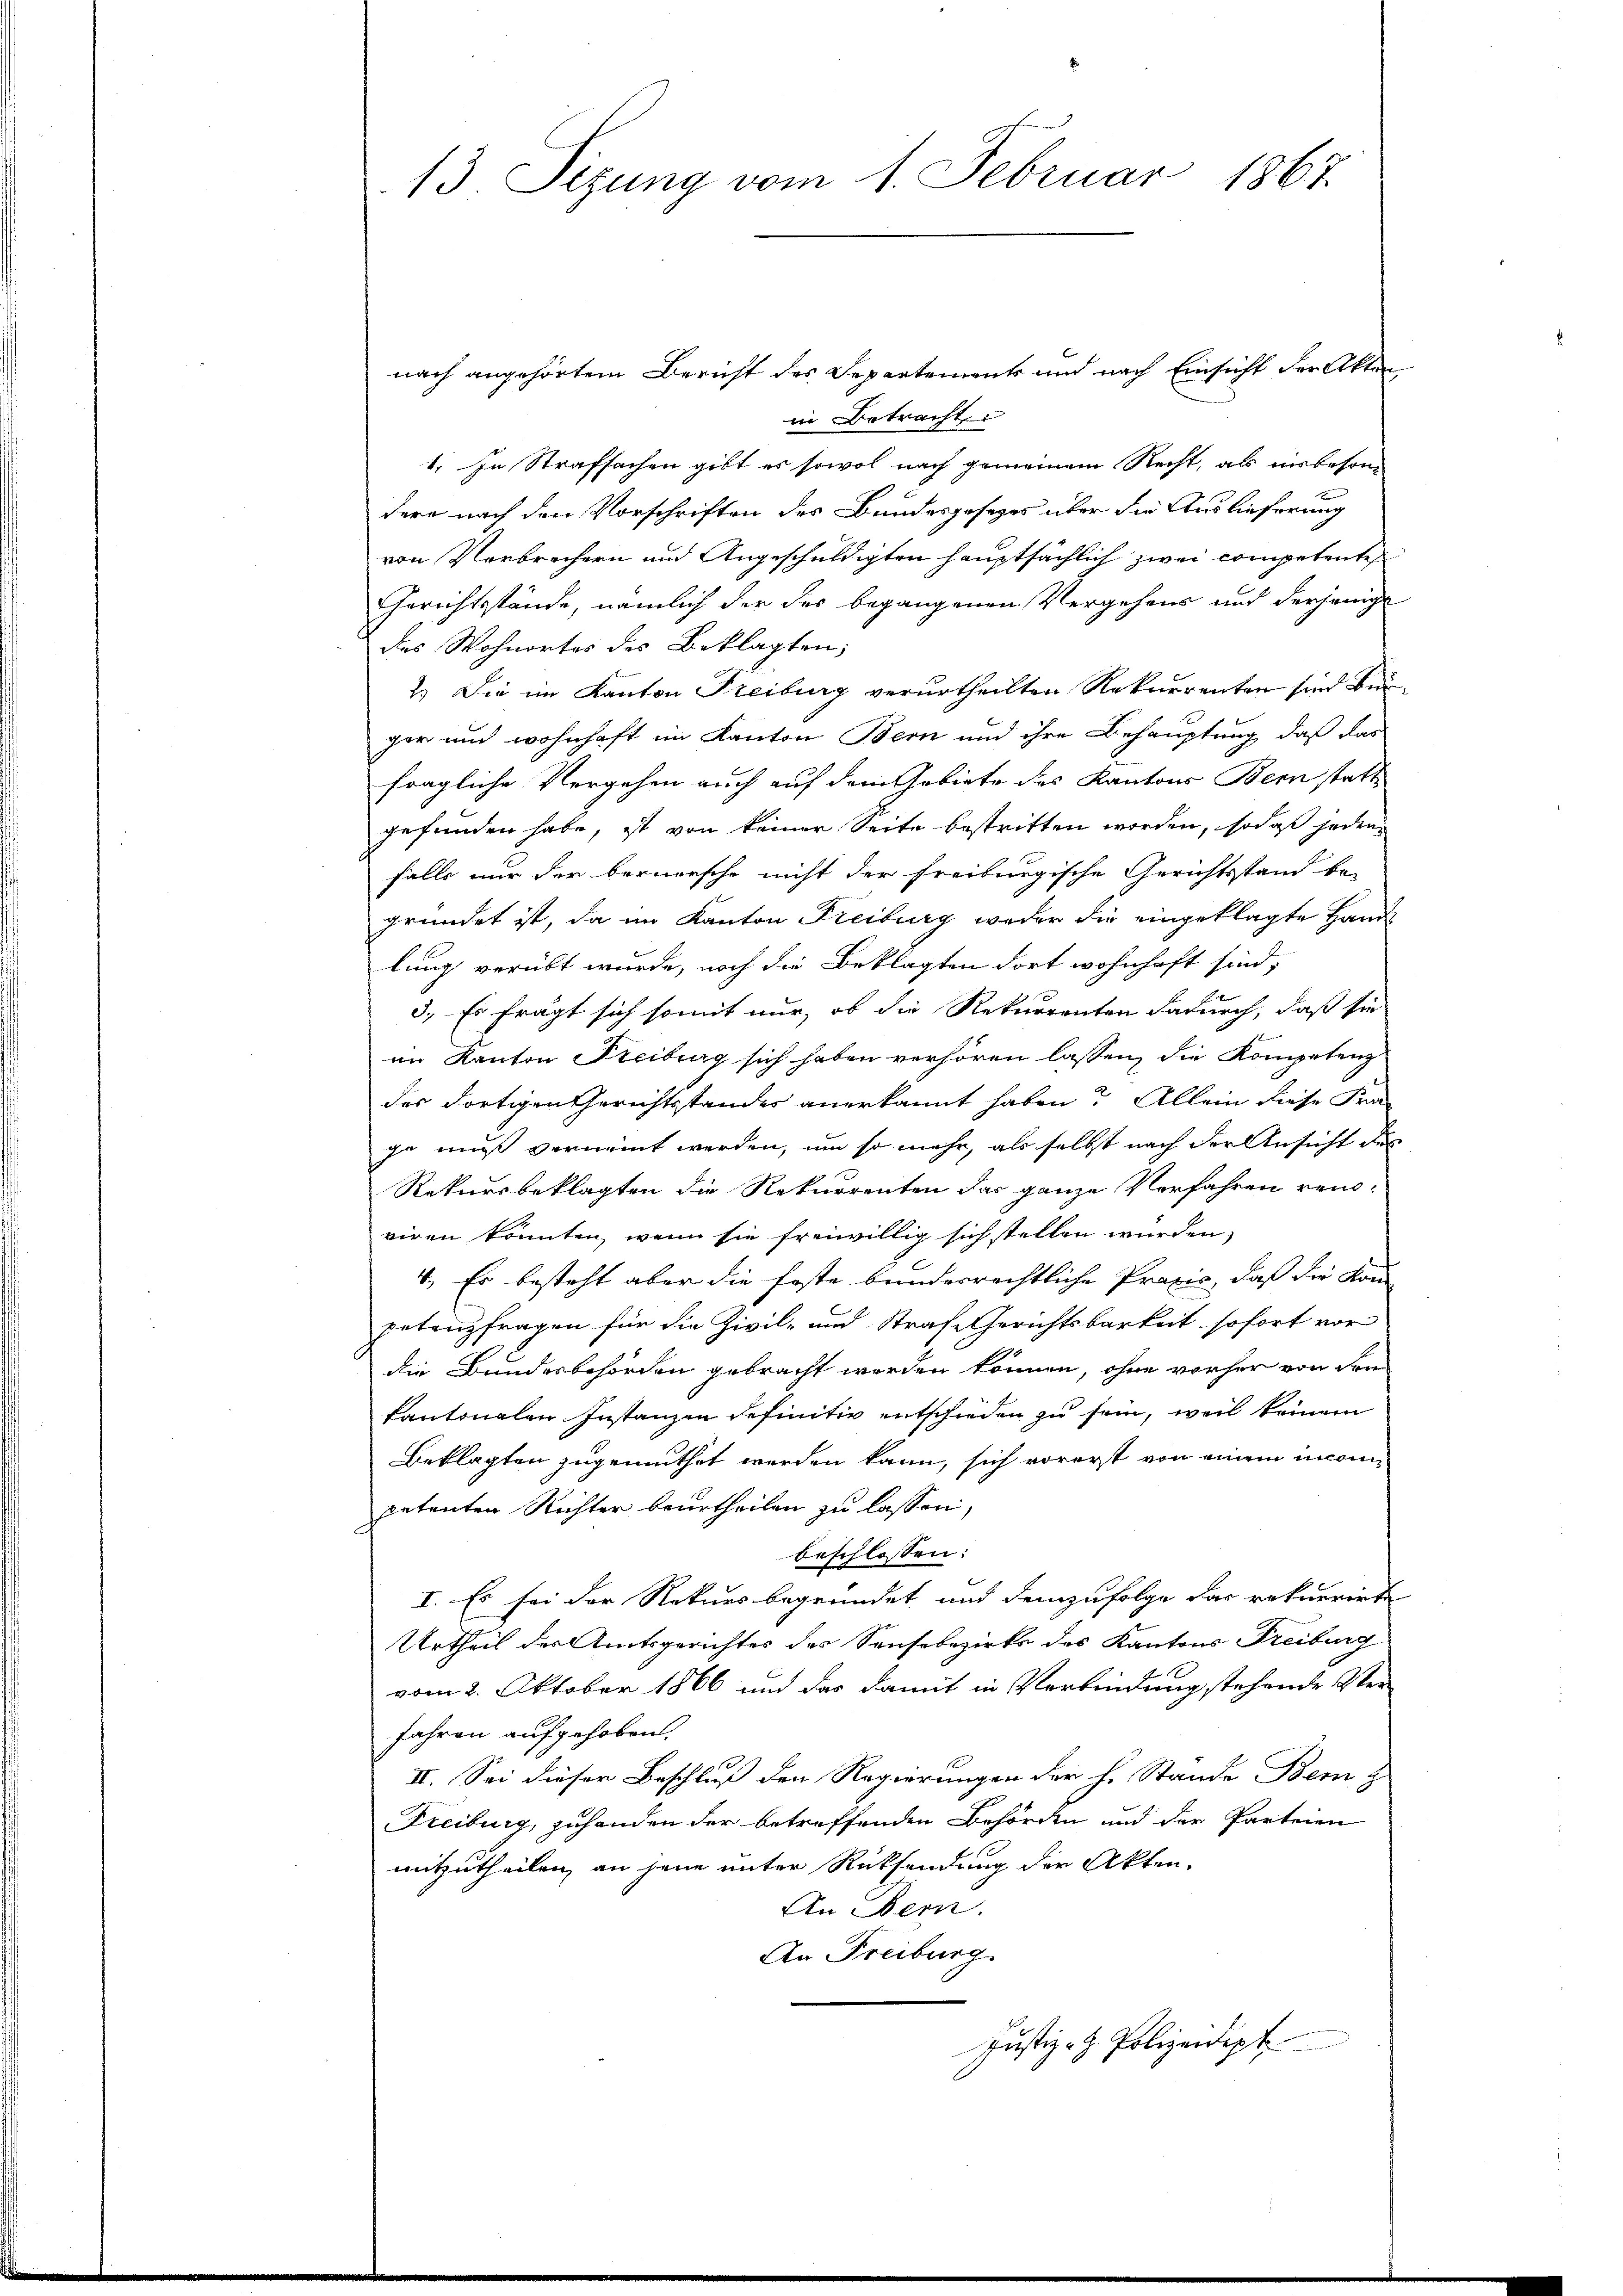
nach angehörtem Bericht des Departement und nach Einsicht der Akten
in Betracht:
1. In Strafsachen gibt es sowol nach gemeinem Recht, als insbesondere nach den Vorschriften des Bundesgesezes über die Auslieferung
von Verbrechern und Angeschuldigten hauptsächlich zwei competente
Gerichtsstände, nämlich der des begangenen Vergehens und derjenige
des Wohnortes des Beklagten;
2.) Die im Kanton Freiburg verurtheilten Rekurrenten sind Beger und wohnhaft im Kanton Bern und ihre Behauptung, daß das
fragliche Vergehen auch auf dem Gebiete des Kantons Bern statt
gefunden habe, ist von keiner Seite bestritten worden, sodaß jeden
falls nur der bernersche nicht der Freiburgische Gerichtsstand be-
gründet ist, da im Kanton Freiburg weder die eingeklagte Hand
lung verübt wurde, noch die Beklagten dort wohnhaft sind,
3. Es fragt sich somit nur, ob die Rekurrenten dadurch, daß sie
im Kanton Freiburg sich haben verhören lassen, die Kompetenz
des dortigen Gerichtstandes anerkannt haben? Allein diese Fra-
ja muß vernennt werden, um so mehr, als selbst nach der Ansicht des
Rekursbeklagten die Rekurrenten das ganze Verfahren reinviren könnten, wenn sie freiwillig sich stellen würden,
1. Es besteht aber die feste bundesrechtliche Praxis, daß die Kon-
petenzfragen für die Zivil- und Strafe Gerichtsbarkeit sofort vor
die Bundesbehörden gebracht werden können, ohne vorher von den
kantonalen Instanzen definitiv entschieden zu sein, weil keinem
Beklagten zugemuthet werden kann, sich vorerst von einem incomi
petenten Richter beurtheilen zu lassen,
beschlossen:
I. Es sei der Rekurs begründet und demzufolge das rekurrirte
Urtheil des Amtsgerichtes des Sansebezirks des Kantons Freiburg
vom 2. Oktober 1866 und das damit in Verbindung stehende Ver¬
Jahren aufgehoben.
II. Sei dieser Beschluß den Regierungen der h. Stande Bem z
Freiburg, zuhanden der betreffenden Behörden und der Parteien
mitzutheilen, an jene unter Rücksendung der Akten.
An Bern.
An Freiburg.
Justiz- & Polizeidept

13. Sezung vom 1. Februar 1867